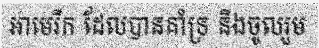
អាមេរិក ដែលបានគាំទ្រ និងចូលរួម